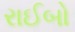
રાઈબો